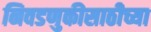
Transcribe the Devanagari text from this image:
निवडणुकीसाठीच्या